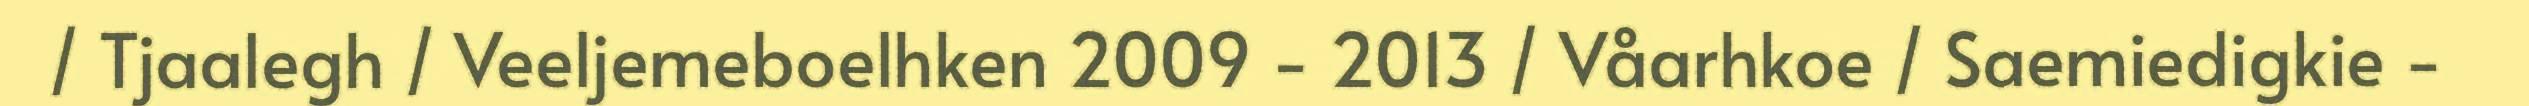
/ Tjaalegh / Veeljemeboelhken 2009 - 2013 / Våarhkoe / Saemiedigkie -